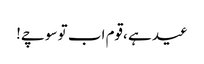
عید ہے ،قوم اب تو سوچے!